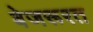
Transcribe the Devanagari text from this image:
बेजरूरत